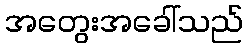
အတွေးအခေါ်သည်